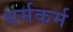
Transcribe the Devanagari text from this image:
धर्मकर्म